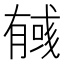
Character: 𢒰